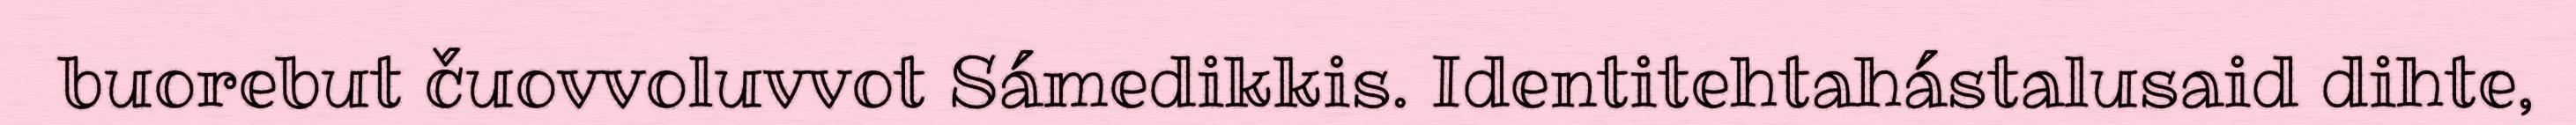
buorebut čuovvoluvvot Sámedikkis. Identitehtahástalusaid dihte,